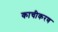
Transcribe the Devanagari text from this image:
काचीकरण